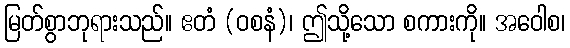
မြတ်စွာဘုရားသည်။ ဧတံ (ဝစနံ)၊ ဤသို့သော စကားကို။ အဝေါစ၊